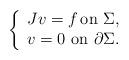
LaTeX: \begin{align*}\left\{\begin{array}{lcl}Jv=f\,\mbox{on }\Sigma,\\v=0\mbox{ on }\partial \Sigma.\end{array}\right.\end{align*}